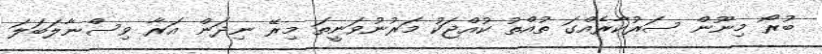
ބުރޯ މިނޫން ސަރުކާރެއްގަ ތުއްތު ކުއްޖަކު މަރުނުވަނީތަ މިރޭ ނިދަން އަރާ ވިސްނާލަބަލަ